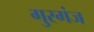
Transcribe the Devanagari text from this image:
गुरगंज